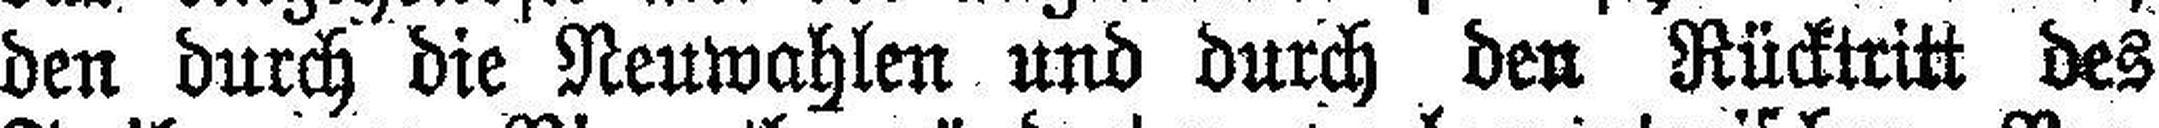
den durch die Neuwahlen und durch den Rücktritt des